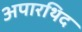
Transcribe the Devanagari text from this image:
अपारथिद